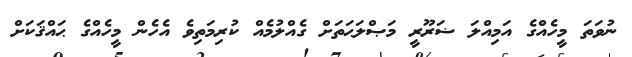
ނުވަތަ މީހެއްގެ އަމިއްލަ ޟަރޫރީ މަޞްލަޙަތަށް ގެއްލުމެއް ކުރިމަތިވެ އެހެން މީހެއްގެ ޙައްޤަކަށް